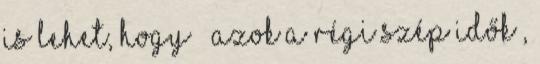
is lehet, hogy ” azok a régi szép idők”,